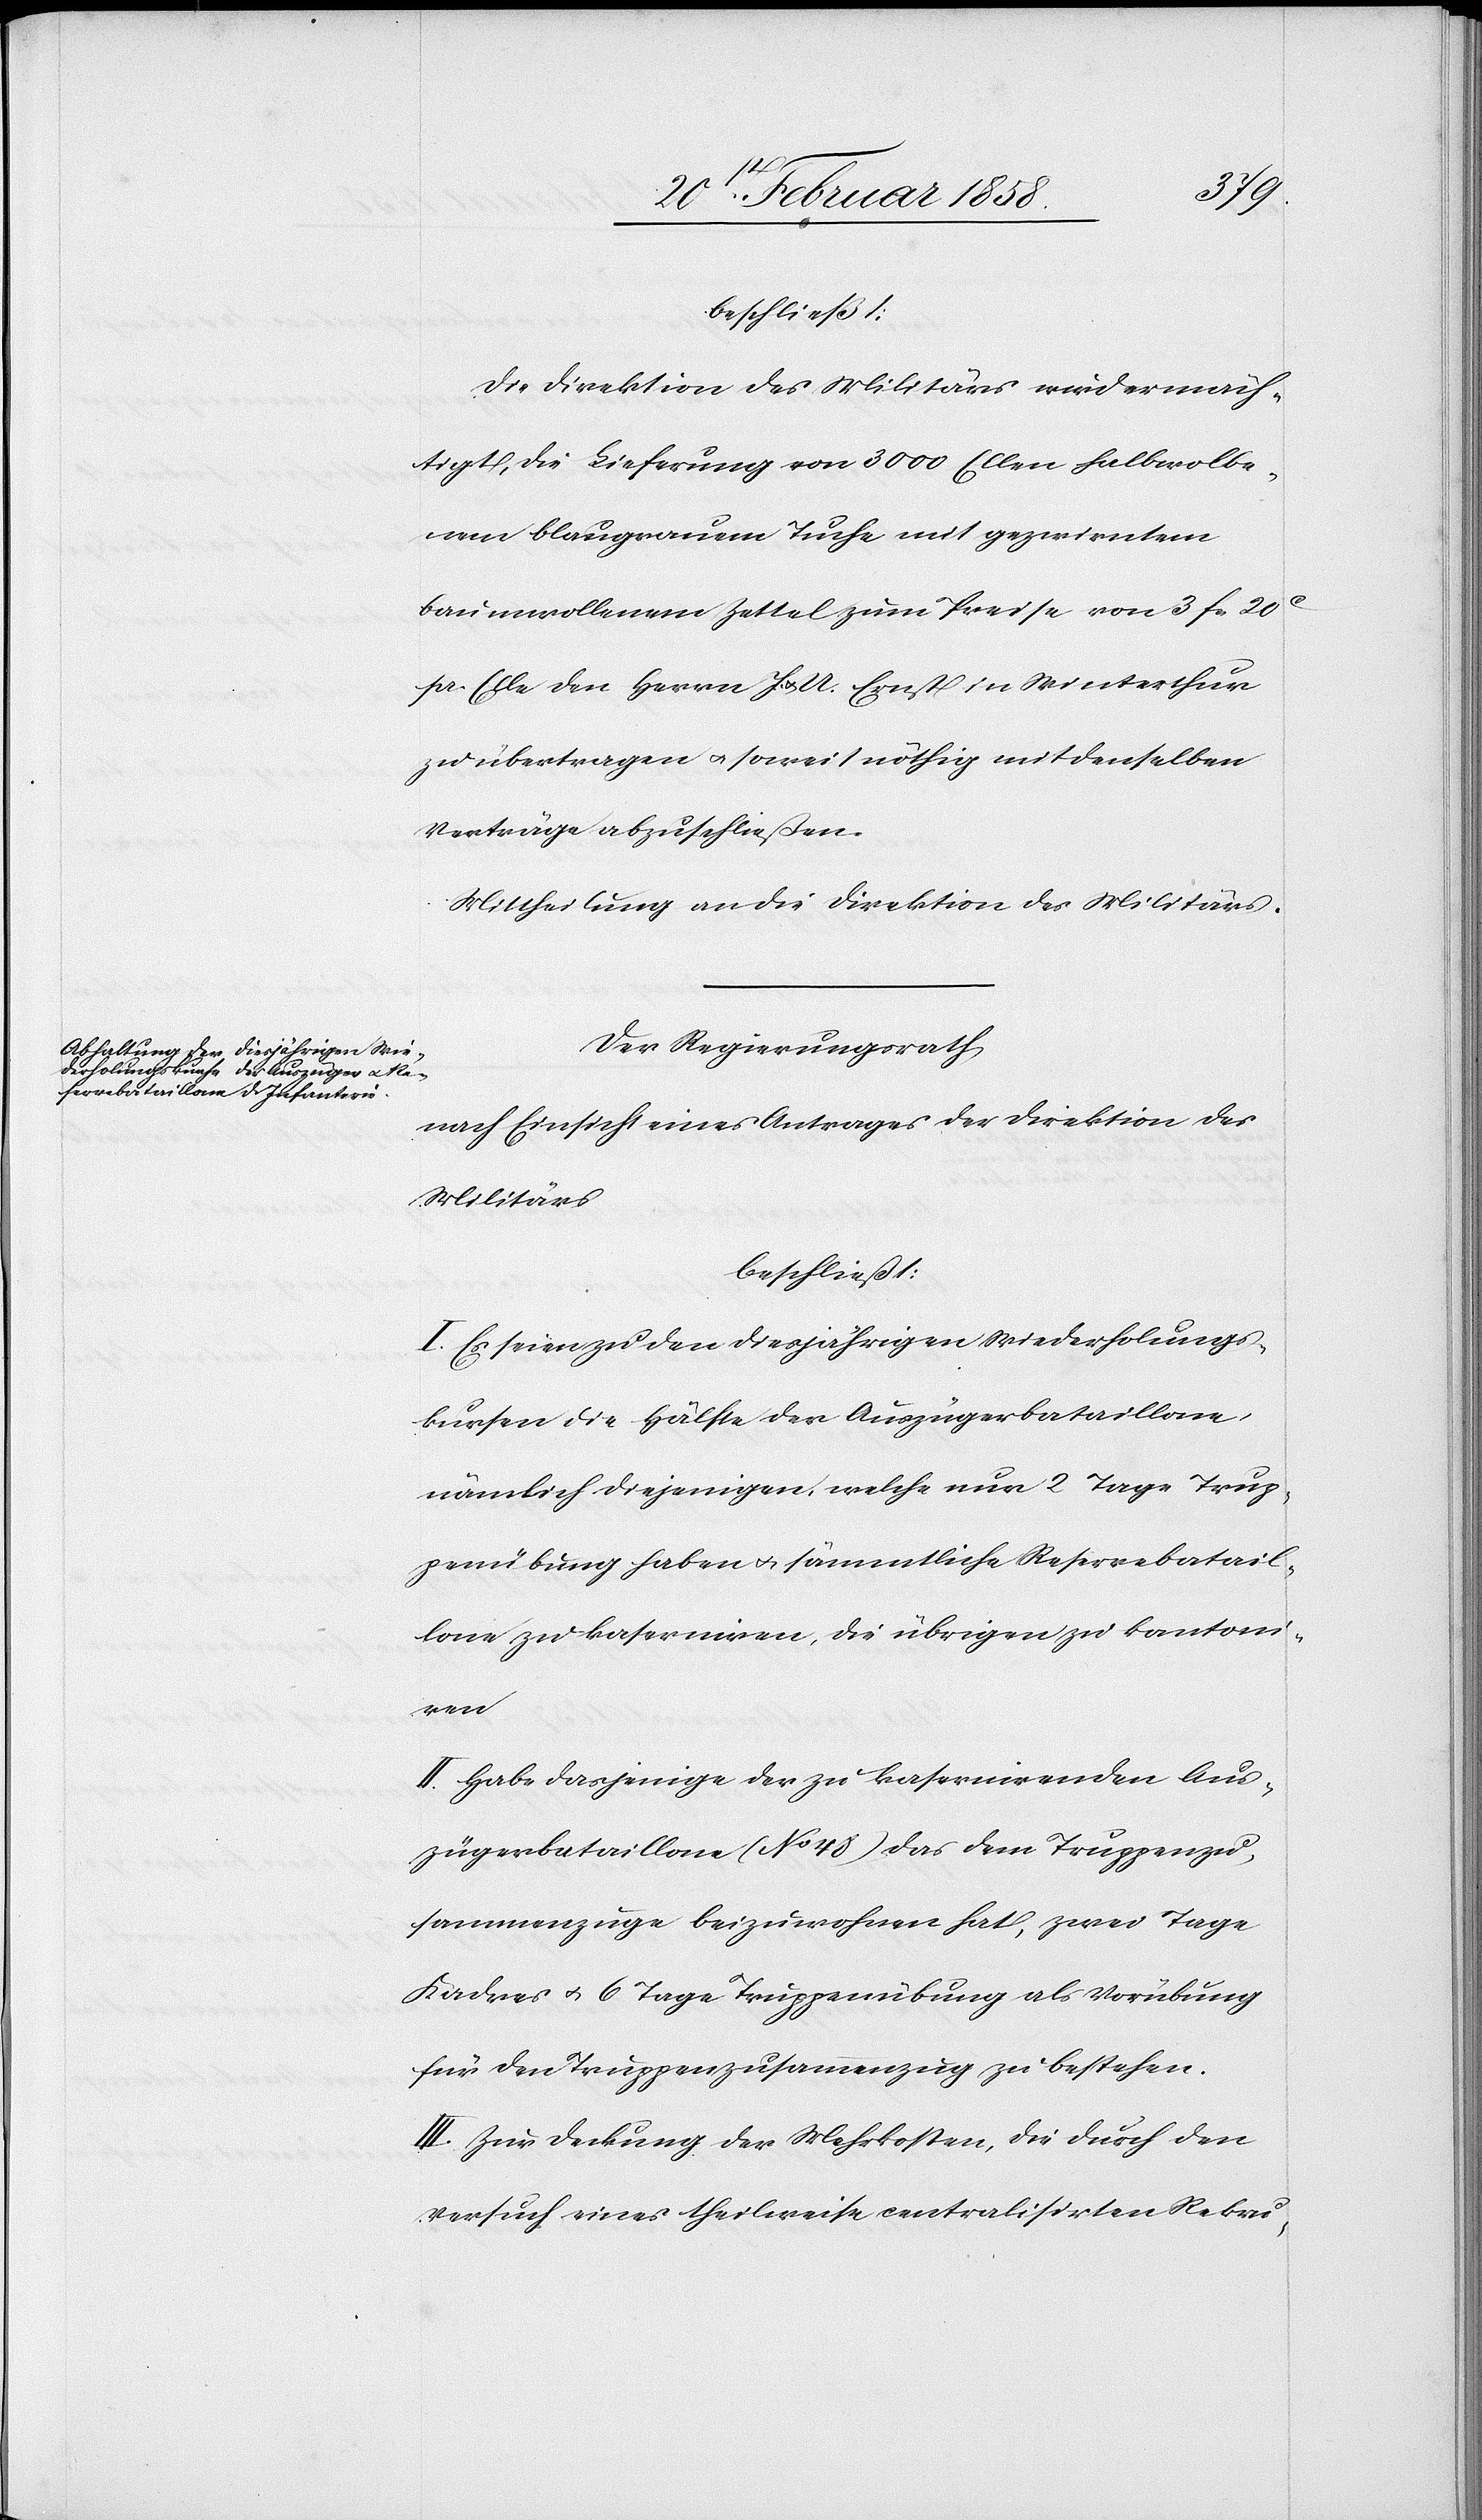
beschließt:
Die Direktion des Militärs wird ermäch¬
tigt, die Lieferung von 3000 Ellen halbwolle¬
nem blaugrauem Tuche mit gezwirntem
baumwollenem Zettel zum Preise von 3 fcs. 20
pr. Elle den Herrn J. & U. Ernst in Winterthur
zu übertragen u. soweit nöthig mit denselben
Verträge abzuschließen.
Mittheilung an die Direktion des Militärs.
Der Regierungsrath
nach Einsicht eines Antrages der Direktion des
Militärs
beschließt:
I. Es seien zu den diesjährigen Wiederholungs¬
kursen die Hälfte der Auszügerbataillone
nämlich diejenigen, welche nur 2 Tage Trup¬
penübung haben u. sämmtliche Reservebatail¬
lone zu kaserniren, die übrigen zu kantoni¬
ren.
II. Habe dasjenige der zu kasernirenden Aus¬
zügerbataillone (No 48) das dem Truppenzu¬
sammenzuge beizuwohnen hat, zwei Tage
Kadres u. 6 Tage Truppenübung als Vorübung
für den Truppenzusammenzug zu bestehen.
III. Zur Deckung der Mehrkosten, die durch den
Versuch eines theilweise centralisirten Rekru-